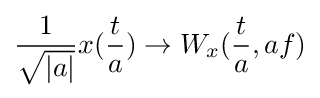
{\frac {1}{\sqrt {|a|}}}x({\frac {t}{a}})\rightarrow W_{x}({\frac {t}{a}},af)